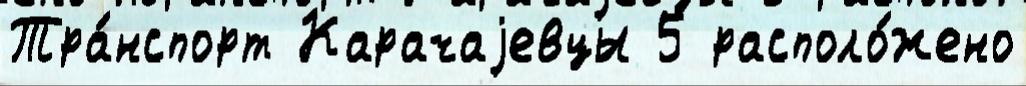
Тра́нспорт Карачаjевцы 5 располо́жено